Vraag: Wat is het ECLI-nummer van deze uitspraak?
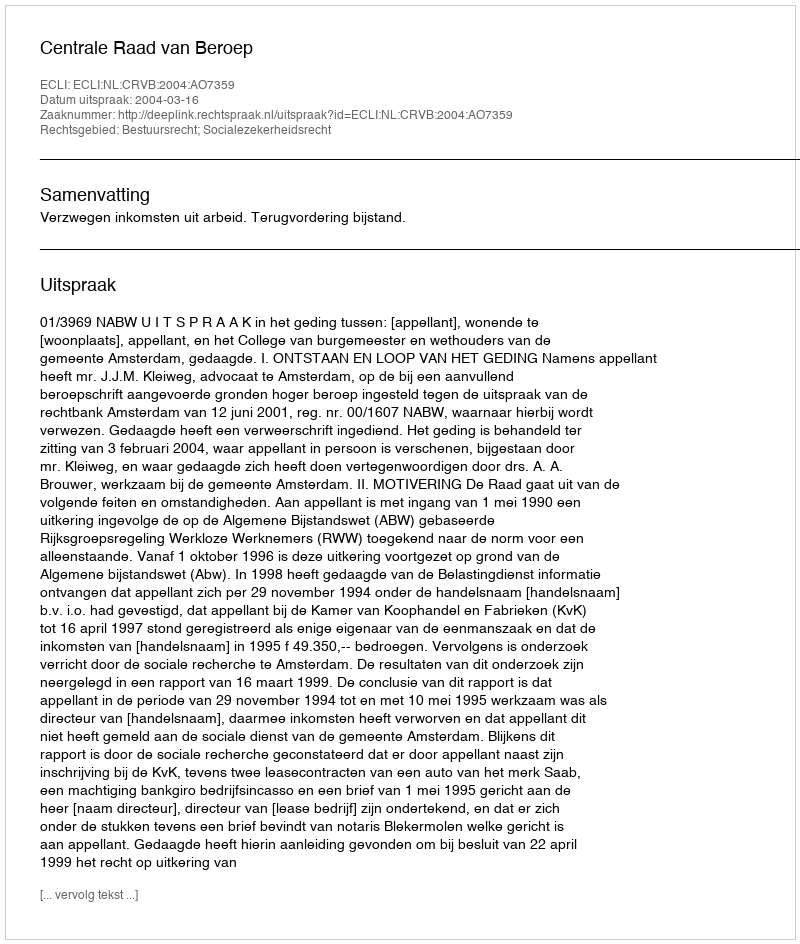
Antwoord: ECLI:NL:CRVB:2004:AO7359